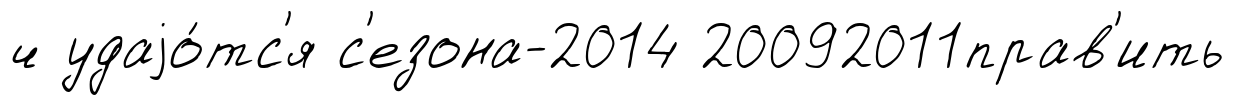
ч удаjо́тс'я с'езона-2014 20092011прав'ить